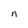
Character: n